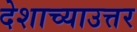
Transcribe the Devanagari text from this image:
देशाच्याउत्तर